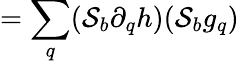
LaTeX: =\sum_{q}({\cal S}_{b}\partial_{q}h)({\cal S}_{b}g_{q})